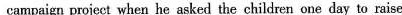
campaign project when he asked the children one day to raise